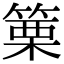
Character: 篥